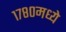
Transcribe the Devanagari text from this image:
१७८०मध्ये